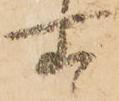
所